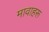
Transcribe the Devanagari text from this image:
मावाहरू